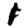
Digit: 1